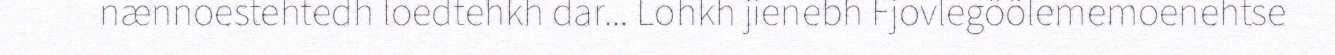
nænnoestehtedh loedtehkh dar... Lohkh jienebh Fjovlegöölememoenehtse